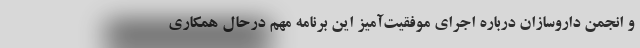
و انجمن داروسازان درباره اجرای موفقیت‌آمیز این برنامه مهم درحال همکاری